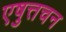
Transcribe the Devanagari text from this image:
एषुत्तचन